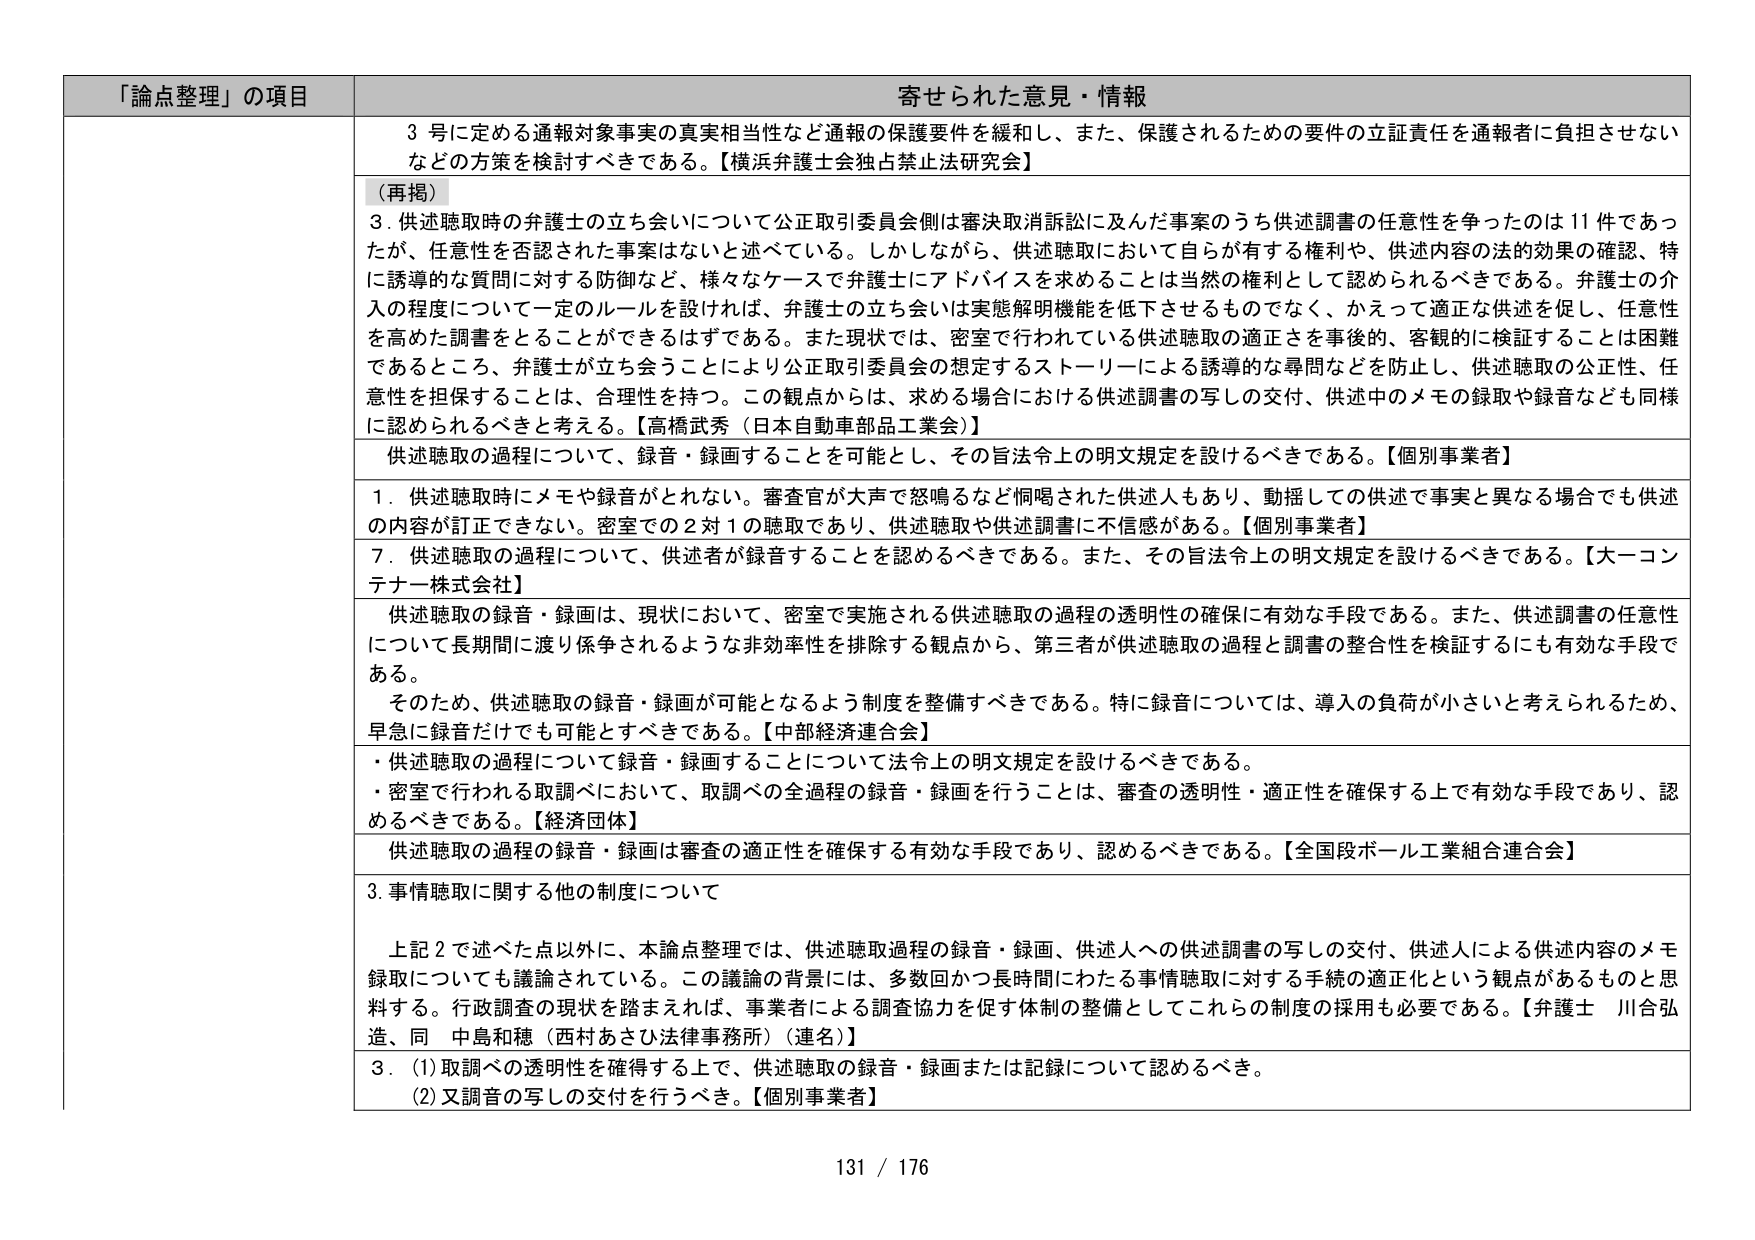
「論点整理」の項目 寄せられた意見・情報
3号に定める通報対象事実の真実相当性など通報の保護要件を緩和し、また、保護されるための要件の立証責任を通報者に負担させないなどの方策を検討すべきである。【横浜弁護士会独占禁止法研究会】
（再掲）
3．供述聴取時の弁護士の立ち会いについて公正取引委員会側は審決取消訴訟に及んだ事案のうち供述調書の任意性を争ったのは11件であったが、任意性を否認された事案はないと述べている。しかしながら、供述聴取において自らが有する権利や、供述内容の法的効果の確認、特に誘導的な質問に対する防御など、様々なケースで弁護士にアドバイスを求めることは当然の権利として認められるべきである。弁護士の介入の程度について一定のルールを設ければ、弁護士の立ち会いは実態解明機能を低下させるものでなく、かえって適正な供述を促し、任意性を高めた調書とすることができるはずである。また現状では、密室で行われている供述聴取の適正さを事後的、客観的に検証することは困難であるところ、弁護士が立ち会うことにより公正取引委員会の想定するストーリーによる誘導的な尋問などを防止し、供述聴取の公正性、任意性を担保することは、合理性を持つ。この観点からは、求める場合における供述調書の写しの交付、供述中のメモの録取や録音なども同様に認められるべきと考える。【高橋武秀（日本自動車部品工業会）】
供述聴取の過程について、録音・録画することを可能とし、その旨法令上の明文規定を設けるべきである。【個別事業者】
1．供述聴取時にメモや録音がとれない。審査官が大声で怒鳴るなど恫喝された供述人もあり、動揺しての供述で事実と異なる場合でも供述の内容が訂正できない。密室での2対1の聴取であり、供述聴取や供述調書に不信感がある。【個別事業者】
7．供述聴取の過程について、供述者が録音することを認めるべきである。また、その旨法令上の明文規定を設けるべきである。【大ーコンテナー株式会社】
供述聴取の録音・録画は、現状において、密室で実施される供述聴取の過程の透明性の確保に有効な手段である。また、供述調書の任意性について長期間に渡り係争されるような非効率性を排除する観点から、第三者が供述聴取の過程と調書の整合性を検証するにも有効な手段である。
そのため、供述聴取の録音・録画が可能となるよう制度を整備すべきである。特に録音については、導入の負荷が小さいと考えられるため、早急に録音だけでも可能とすべきである。【中部経済連合会】
・供述聴取の過程について録音・録画することについて法令上の明文規定を設けるべきである。
・密室で行われる取調べにおいて、取調べの全過程の録音・録画を行うことは、審査の透明性・適正性を確保する上で有効な手段であり、認めるべきである。【経済団体】
供述聴取の過程の録音・録画は審査の適正性を確保する有効な手段であり、認めるべきである。【全国段ボール工業組合連合会】
3．事情聴取に関する他の制度について
上記2で述べた点以外に、本論点整理では、供述聴取過程の録音・録画、供述人への供述調書の写しの交付、供述人による供述内容のメモ録取についても議論されている。この議論の背景には、多数回かつ長時間にわたる事情聴取に対する手続の適正化という観点があるものと思料する。行政調査の現状を踏まえれば、事業者による調査協力を促す体制の整備としてこれらの制度の採用も必要である。【弁護士 川合弘造、同 中島和穂（西村あさひ法律事務所）（連名）】
3．（1）取調べの透明性を確保する上で、供述聴取の録音・録画または記録について認めるべき。
（2）又録音の写しの交付を行うべき。【個別事業者】
131 / 176